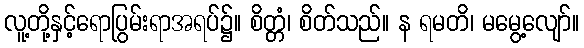
လူ့တို့နှင့်ရောပြွမ်းရာအရပ်၌။ စိတ္တံ၊ စိတ်သည်။ န ရမတိ၊ မမွေ့လျော်။